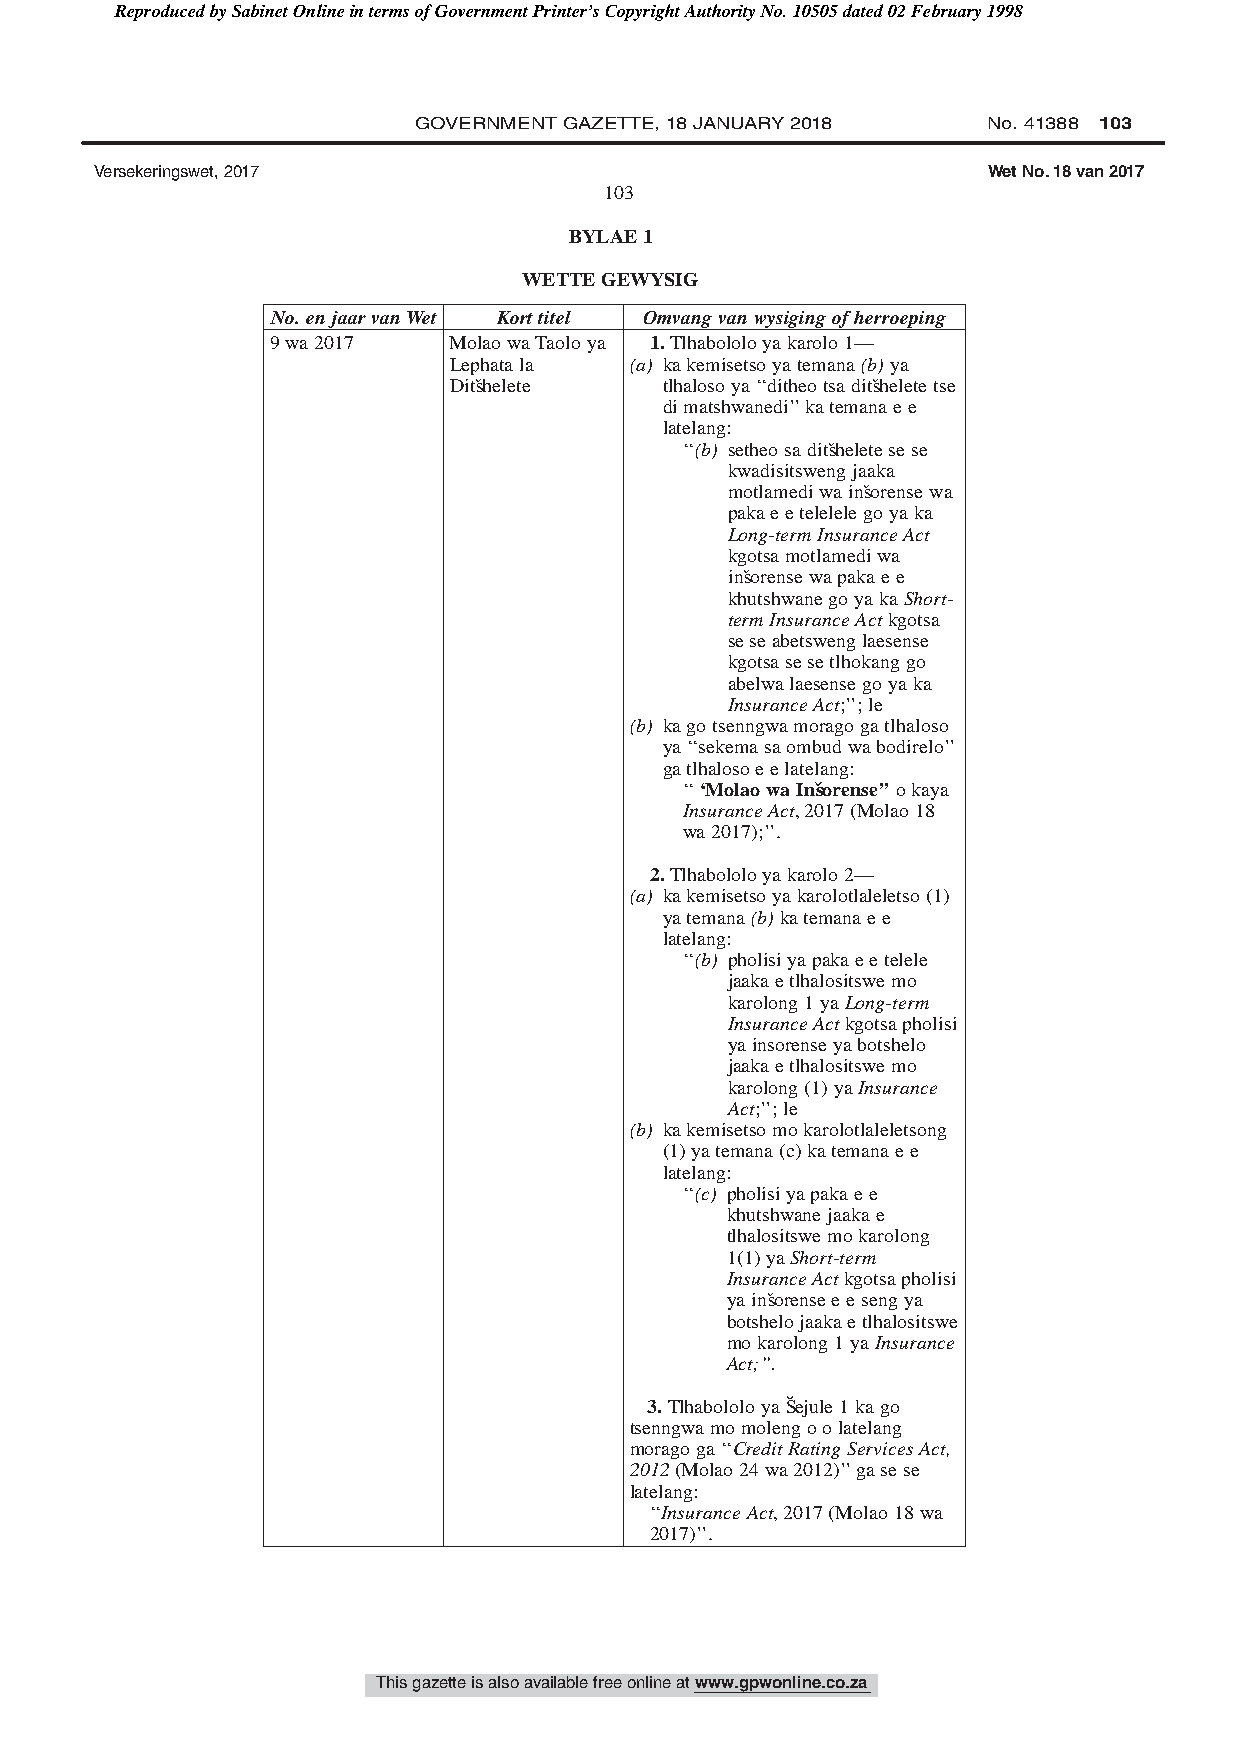
Reproduced by Sabinet Online in terms of Government Printer’s Copyright Authority No. 10505 dated 02 February 1998
 GOVERNMENT GAZETTE, 18 JANUARY 2018   No. 41388 103
 Versekeringswet, 2017                                      Wet No. 18 van 2017
 103
 BYLAE1
 WETTEGEWYSIG
 No.enjaarvanWet Korttitel Omvangvanwysigingofherroeping
 9wa2017     MolaowaTaoloya 1.Tlhabololoyakarolo1—
 Lephatala   (a) kakemisetsoyatemana(b)ya
 Ditsˇhelete   tlhalosoya‘‘ditheotsaditsˇheletetse
 dimatshwanedi’’katemanaee
 latelang:
 ‘‘(b) setheosaditsˇheletesese
 kwadisitswengjaaka
 motlamediwainsˇorensewa
 pakaeetelelelegoyaka
 Long-termInsuranceAct
 kgotsamotlamediwa
 insˇorensewapakaee
 khutshwanegoyakaShort-
 termInsuranceActkgotsa
 seseabetswenglaesense
 kgotsasesetlhokanggo
 abelwalaesensegoyaka
 InsuranceAct;’’;le
 (b) kagotsenngwamoragogatlhaloso
 ya‘‘sekemasaombudwabodirelo’’
 gatlhalosoeelatelang:
 ‘‘‘MolaowaInsˇorense’’okaya
 InsuranceAct,2017(Molao18
 wa2017);’’.
 2.Tlhabololoyakarolo2—
 (a) kakemisetsoyakarolotlaleletso(1)
 yatemana(b)katemanaee
 latelang:
 ‘‘(b) pholisiyapakaeetelele
 jaakaetlhalositswemo
 karolong1yaLong-term
 InsuranceActkgotsapholisi
 yainsorenseyabotshelo
 jaakaetlhalositswemo
 karolong(1)yaInsurance
 Act;’’;le
 (b) kakemisetsomokarolotlaleletsong
 (1)yatemana(c)katemanaee
 latelang:
 ‘‘(c) pholisiyapakaee
 khutshwanejaakae
 tlhalositswemokarolong
 1(1)yaShort-term
 InsuranceActkgotsapholisi
 yainsˇorenseeesengya
 botshelojaakaetlhalositswe
 mokarolong1yaInsurance
 Act;’’.
 3.TlhabololoyaˇSejule1kago
 tsenngwamomolengoolatelang
 moragoga‘‘CreditRatingServicesAct,
 2012(Molao24wa2012)’’gasese
 latelang:
 ‘‘InsuranceAct,2017(Molao18wa
 2017)’’.
 This gazette is also available free online at www.gpwonline.co.za